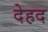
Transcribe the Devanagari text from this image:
देहद